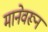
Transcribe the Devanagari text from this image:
मानेवरून